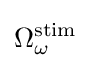
\Omega _{\omega }^{\mathrm {stim} }